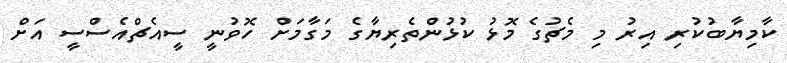
ކާމިޔާބުކުރި އިރު މި މެޗުގެ މޮޅު ކުޅުންތެރިޔާގެ މަގާމަށް ހޮވުނީ ސީއެޗްއެސްސީ އަށް